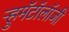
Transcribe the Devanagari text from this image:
ऱ्हुमॅटॉलॉजी